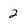
Character: 2